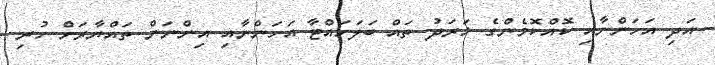
އަދި އަހަންނާއި ކޮއްކޮމެންގެ ޚަރަދު ތައް ބަލަހައްޓާ އަހަންނާއި އިންނަން ތައްޔާރަށް ހުރި